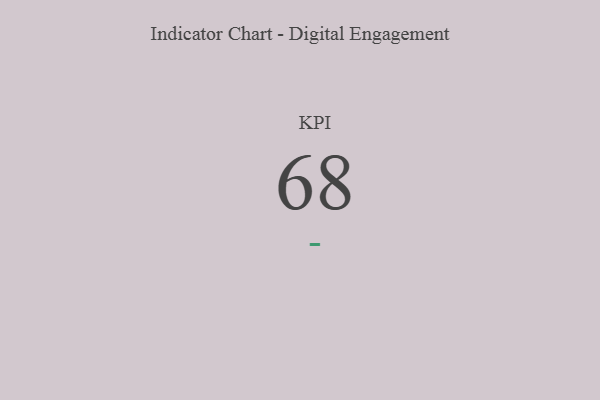
{"axis": {"x": "KPI", "y": "Value"}, "legend": [""], "data": [{"x": "KPI", "y": 68, "type": ""}]}